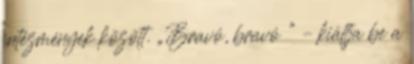
intézmények között. „Bravó, bravó ” – kiáltja be a